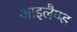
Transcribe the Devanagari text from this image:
आइलैण्‍ड